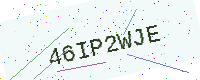
Text: 46IP2WJE